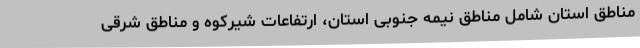
مناطق استان شامل مناطق نیمه جنوبی استان، ارتفاعات شیرکوه و مناطق شرقی